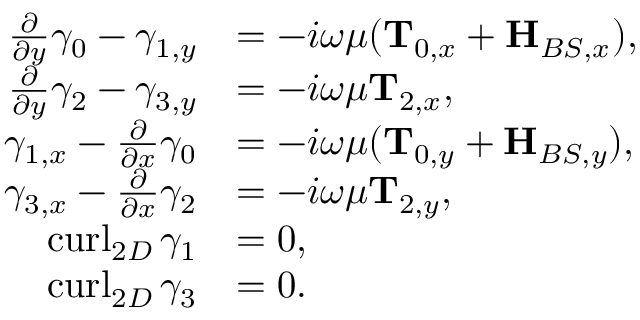
\begin{array} { r l } { \frac { \partial } { \partial y } \gamma _ { 0 } - \gamma _ { 1 , y } } & { = - i \omega \mu ( \mathbf { T } _ { 0 , x } + \mathbf { H } _ { B S , x } ) , } \\ { \frac { \partial } { \partial y } \gamma _ { 2 } - \gamma _ { 3 , y } } & { = - i \omega \mu \mathbf { T } _ { 2 , x } , } \\ { \gamma _ { 1 , x } - \frac { \partial } { \partial x } \gamma _ { 0 } } & { = - i \omega \mu ( \mathbf { T } _ { 0 , y } + \mathbf { H } _ { B S , y } ) , } \\ { \gamma _ { 3 , x } - \frac { \partial } { \partial x } \gamma _ { 2 } } & { = - i \omega \mu \mathbf { T } _ { 2 , y } , } \\ { \operatorname { c u r l } _ { 2 D } \gamma _ { 1 } } & { = 0 , } \\ { \operatorname { c u r l } _ { 2 D } \gamma _ { 3 } } & { = 0 . } \end{array}